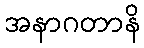
အနာဂတာနိ